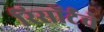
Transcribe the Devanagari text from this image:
रिसॉर्टचे